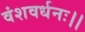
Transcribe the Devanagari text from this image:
वंशवर्धनः।।